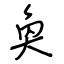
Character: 奐